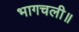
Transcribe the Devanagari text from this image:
भागचली॥